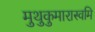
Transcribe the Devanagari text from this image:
मुथुकुमारास्वमि